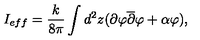
I _ { e f f } = \frac { k } { 8 \pi } \int d ^ { 2 } z ( \partial \varphi \overline { { \partial } } \varphi + \alpha \varphi ) ,